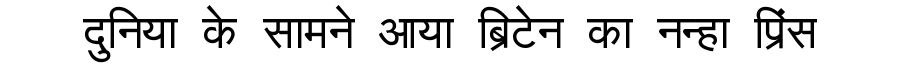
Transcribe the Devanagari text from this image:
दुनिया के सामने आया ब्रिटेन का नन्हा प्रिंस